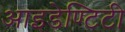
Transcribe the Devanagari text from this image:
आइडेण्टिटी